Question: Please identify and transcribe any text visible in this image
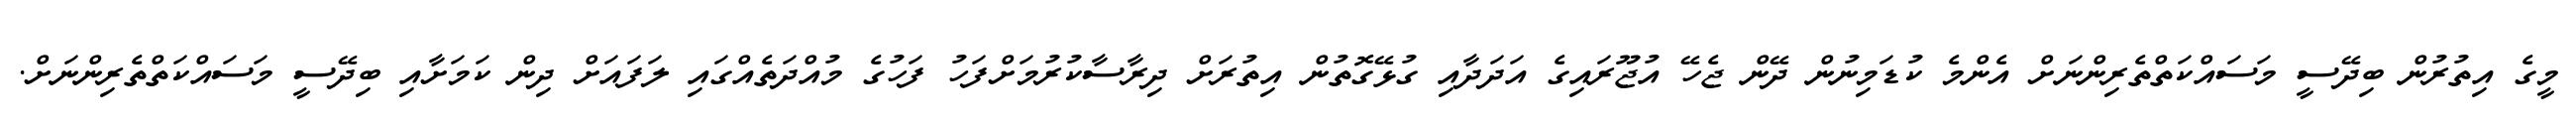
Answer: މީގެ އިތުރުން ބިދޭސީ މަސައްކަތްތެރިންނަށް އެންމެ ކުޑަމިނުން ދޭން ޖެހޭ އުޖޫރައިގެ އަދަދާއި ގުޅޭގޮތުން އިތުރަށް ދިރާސާކުރުމަށްފަހު ފަހުގެ މުއްދަތެއްގައި ލަފައަށް ދިން ކަމަށާއި ބިދޭސީ މަސައްކަތްތެރިންނަށް.